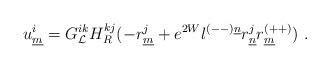
LaTeX: \begin{align*}u^i_{\underline{m}}= G^{ik}_{{\cal L}} H^{kj}_{R}(- r^j_{\underline{m}}+ e^{2W}l^{(--)\underline{n}}r^j_{\underline{n}}r^{(++)}_{\underline{m}} )~.\end{align*}